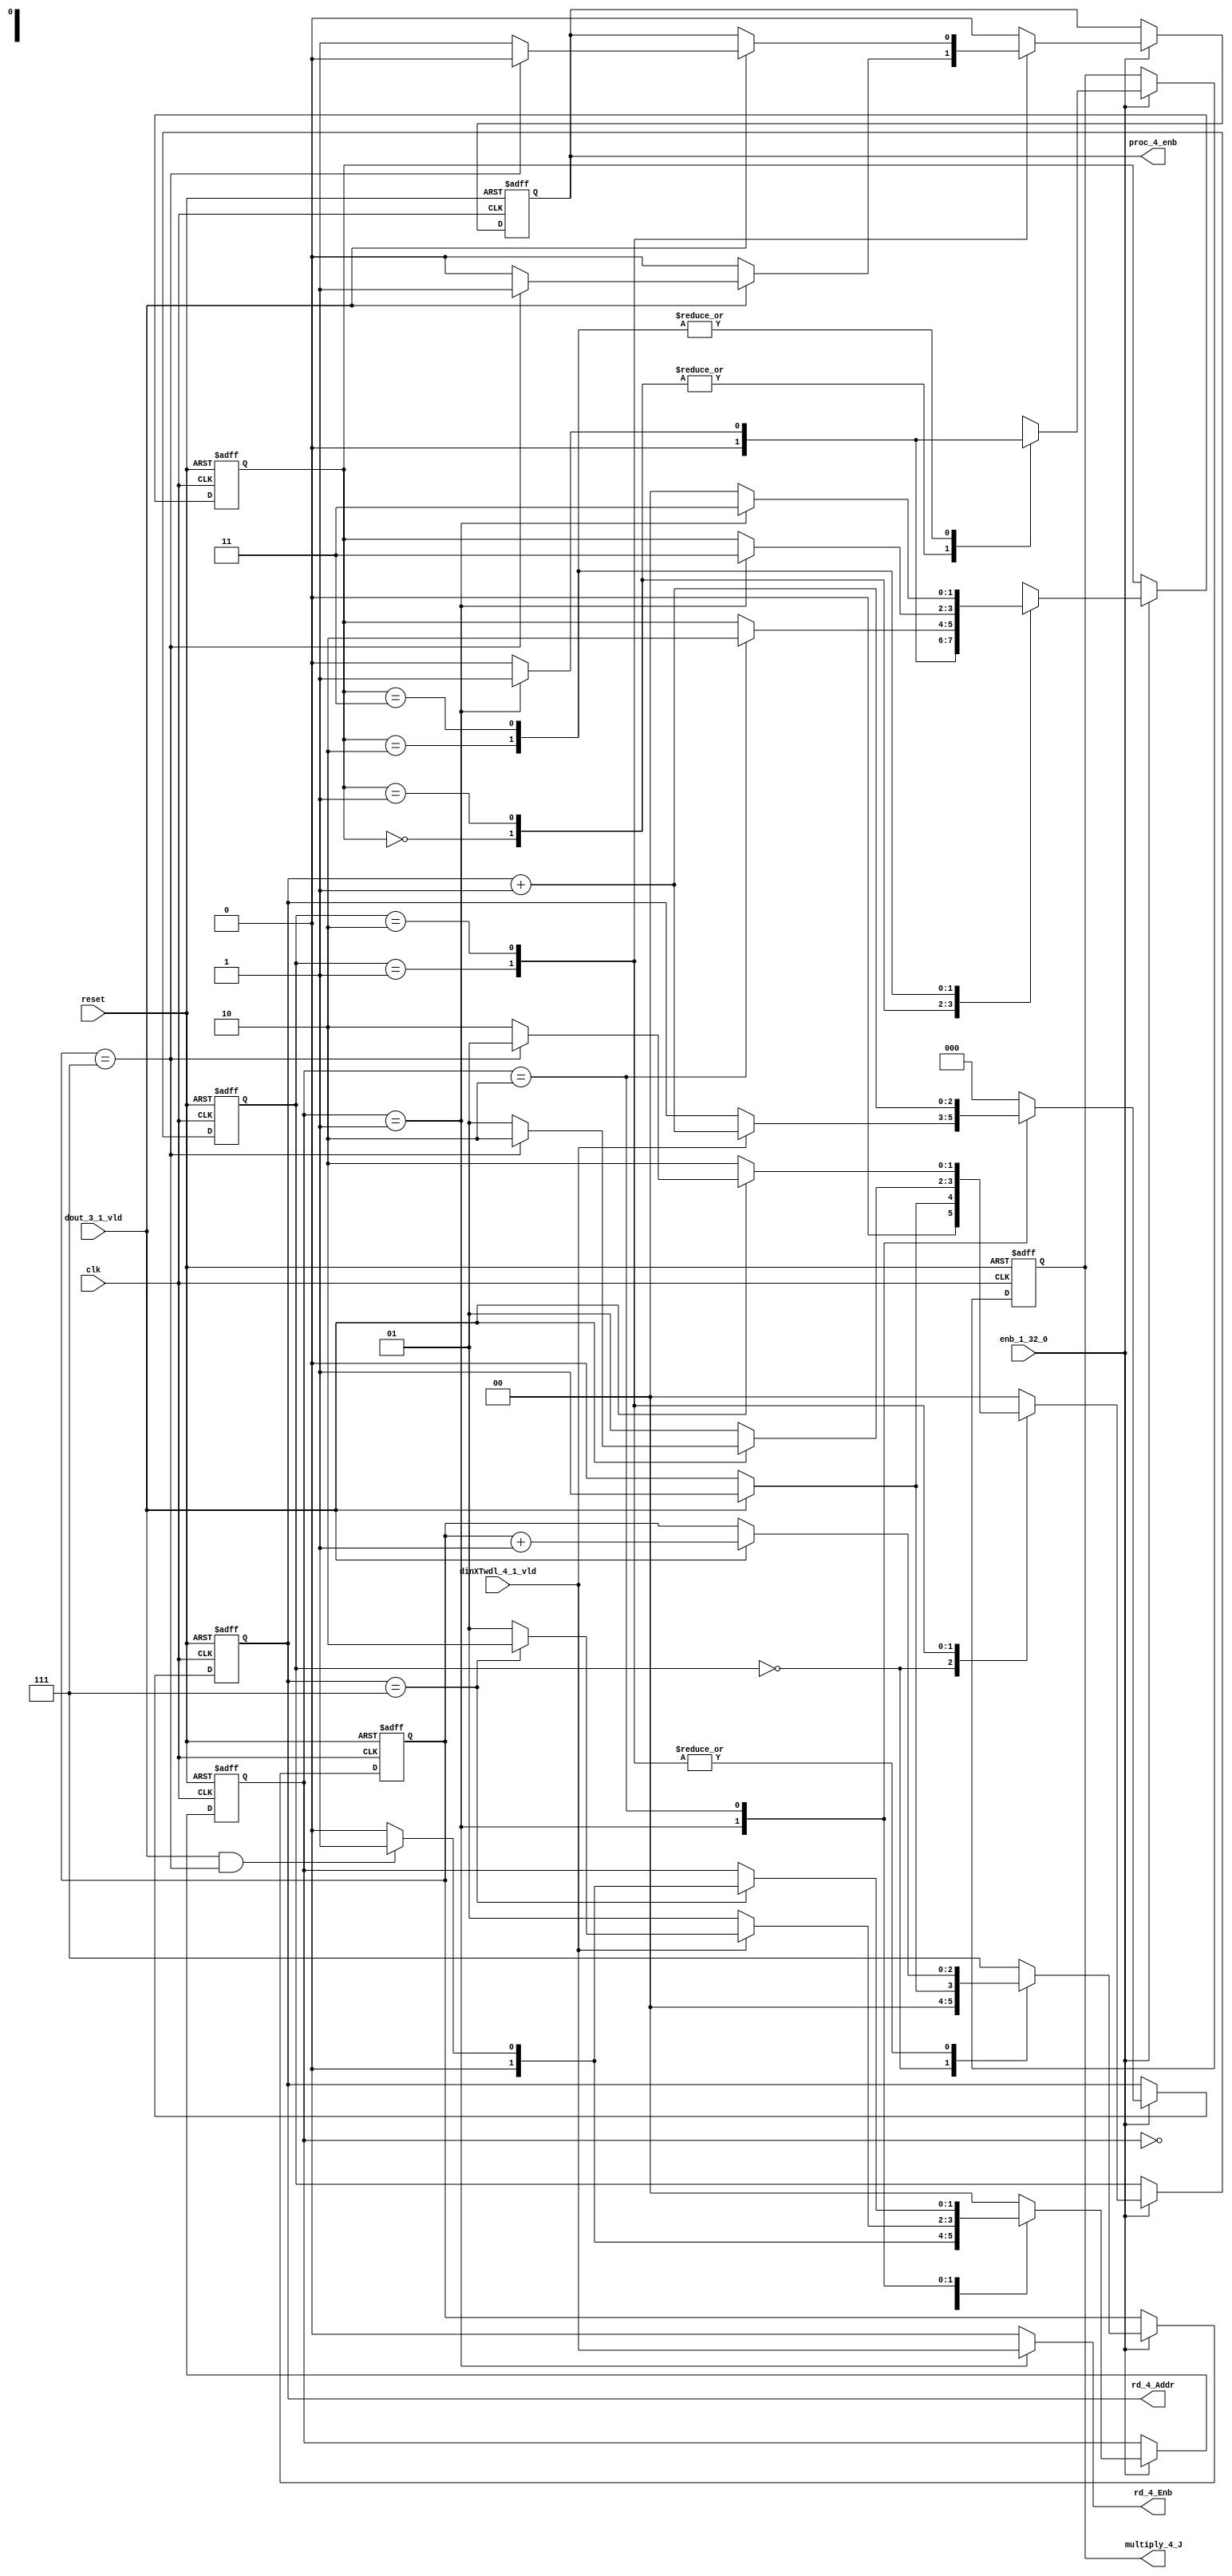
// -------------------------------------------------------------
// 
// 
// Generated by MATLAB 9.13 and HDL Coder 4.0
// 
// -------------------------------------------------------------


// -------------------------------------------------------------
// 
// Module: whdlOFDMTx_RADIX22FFT_CTRL1_4
// Source Path: dsphdl.IFFT/RADIX22FFT_CTRL1_4
// Hierarchy Level: 6
// 
// -------------------------------------------------------------

`timescale 1 ns / 1 ns

module whdlOFDMTx_RADIX22FFT_CTRL1_4
          (clk,
           reset,
           enb_1_32_0,
           dout_3_1_vld,
           dinXTwdl_4_1_vld,
           rd_4_Addr,
           rd_4_Enb,
           proc_4_enb,
           multiply_4_J);


  input   clk;
  input   reset;
  input   enb_1_32_0;
  input   dout_3_1_vld;
  input   dinXTwdl_4_1_vld;
  output  [2:0] rd_4_Addr;  // ufix3
  output  rd_4_Enb;
  output  proc_4_enb;
  output  multiply_4_J;


  reg [2:0] SDFController_wrCount;  // ufix3
  reg [1:0] SDFController_wrState;  // ufix2
  reg [1:0] SDFController_rdState;  // ufix2
  reg [2:0] SDFController_rdAddr_reg;  // ufix3
  reg  SDFController_procEnb_reg;
  reg [1:0] SDFController_multjState;  // ufix2
  reg  SDFController_multiply_J_reg;
  reg [2:0] SDFController_wrCount_next;  // ufix3
  reg [1:0] SDFController_wrState_next;  // ufix2
  reg [1:0] SDFController_rdState_next;  // ufix2
  reg [2:0] SDFController_rdAddr_reg_next;  // ufix3
  reg  SDFController_procEnb_reg_next;
  reg [1:0] SDFController_multjState_next;  // ufix2
  reg  SDFController_multiply_J_reg_next;
  reg [2:0] rd_4_Addr_1;  // ufix3
  reg  rd_4_Enb_1;
  reg  proc_4_enb_1;
  reg  multiply_4_J_1;


  // SDFController
  always @(posedge clk or posedge reset)
    begin : SDFController_process
      if (reset == 1'b1) begin
        SDFController_wrCount <= 3'b000;
        SDFController_rdAddr_reg <= 3'b000;
        SDFController_wrState <= 2'b00;
        SDFController_rdState <= 2'b00;
        SDFController_multjState <= 2'b00;
        SDFController_procEnb_reg <= 1'b0;
        SDFController_multiply_J_reg <= 1'b0;
      end
      else begin
        if (enb_1_32_0) begin
          SDFController_wrCount <= SDFController_wrCount_next;
          SDFController_wrState <= SDFController_wrState_next;
          SDFController_rdState <= SDFController_rdState_next;
          SDFController_rdAddr_reg <= SDFController_rdAddr_reg_next;
          SDFController_procEnb_reg <= SDFController_procEnb_reg_next;
          SDFController_multjState <= SDFController_multjState_next;
          SDFController_multiply_J_reg <= SDFController_multiply_J_reg_next;
        end
      end
    end

  always @(SDFController_multiply_J_reg, SDFController_multjState,
       SDFController_procEnb_reg, SDFController_rdAddr_reg,
       SDFController_rdState, SDFController_wrCount, SDFController_wrState,
       dinXTwdl_4_1_vld, dout_3_1_vld) begin
    SDFController_wrCount_next = SDFController_wrCount;
    SDFController_wrState_next = SDFController_wrState;
    SDFController_rdState_next = SDFController_rdState;
    SDFController_rdAddr_reg_next = SDFController_rdAddr_reg;
    SDFController_procEnb_reg_next = SDFController_procEnb_reg;
    SDFController_multjState_next = SDFController_multjState;
    SDFController_multiply_J_reg_next = SDFController_multiply_J_reg;
    case ( SDFController_multjState)
      2'b00 :
        begin
          SDFController_multjState_next = 2'b00;
          SDFController_multiply_J_reg_next = 1'b0;
          if (SDFController_rdState == 2'b01) begin
            SDFController_multjState_next = 2'b01;
          end
        end
      2'b01 :
        begin
          SDFController_multiply_J_reg_next = 1'b0;
          if (SDFController_rdState == 2'b10) begin
            SDFController_multjState_next = 2'b10;
          end
        end
      2'b10 :
        begin
          SDFController_multiply_J_reg_next = 1'b0;
          if (SDFController_rdState == 2'b01) begin
            SDFController_multjState_next = 2'b11;
            SDFController_multiply_J_reg_next = 1'b1;
          end
        end
      2'b11 :
        begin
          if (SDFController_rdState == 2'b01) begin
            SDFController_multjState_next = 2'b11;
            SDFController_multiply_J_reg_next = 1'b1;
          end
          else begin
            SDFController_multiply_J_reg_next = 1'b0;
            SDFController_multjState_next = 2'b00;
          end
        end
      default :
        begin
          SDFController_multjState_next = 2'b00;
          SDFController_multiply_J_reg_next = 1'b0;
        end
    endcase
    case ( SDFController_rdState)
      2'b00 :
        begin
          SDFController_rdState_next = 2'b00;
          SDFController_rdAddr_reg_next = 3'b000;
          rd_4_Enb_1 = 1'b0;
          if (dout_3_1_vld && (SDFController_wrCount == 3'b111)) begin
            SDFController_rdState_next = 2'b01;
          end
        end
      2'b01 :
        begin
          SDFController_rdState_next = 2'b01;
          rd_4_Enb_1 = dinXTwdl_4_1_vld;
          if (dinXTwdl_4_1_vld) begin
            if (SDFController_rdAddr_reg == 3'b111) begin
              SDFController_rdState_next = 2'b10;
            end
            SDFController_rdAddr_reg_next = SDFController_rdAddr_reg + 3'b001;
          end
        end
      2'b10 :
        begin
          rd_4_Enb_1 = 1'b0;
          if (SDFController_rdAddr_reg == 3'b111) begin
            if (dout_3_1_vld && (SDFController_wrCount == 3'b111)) begin
              SDFController_rdState_next = 2'b01;
            end
            else begin
              SDFController_rdState_next = 2'b00;
            end
          end
          SDFController_rdAddr_reg_next = SDFController_rdAddr_reg + 3'b001;
        end
      default :
        begin
          SDFController_rdState_next = 2'b00;
          SDFController_rdAddr_reg_next = 3'b000;
          rd_4_Enb_1 = 1'b0;
        end
    endcase
    case ( SDFController_wrState)
      2'b00 :
        begin
          SDFController_wrState_next = 2'b00;
          SDFController_wrCount_next = 3'b000;
          SDFController_procEnb_reg_next = 1'b0;
          if (dout_3_1_vld) begin
            SDFController_wrState_next = 2'b01;
            SDFController_wrCount_next = 3'b001;
          end
        end
      2'b01 :
        begin
          SDFController_wrState_next = 2'b01;
          SDFController_procEnb_reg_next = 1'b0;
          if (dout_3_1_vld) begin
            if (SDFController_wrCount == 3'b111) begin
              SDFController_wrState_next = 2'b10;
              SDFController_procEnb_reg_next = 1'b1;
            end
            else begin
              SDFController_wrState_next = 2'b01;
            end
            SDFController_wrCount_next = SDFController_wrCount + 3'b001;
          end
        end
      2'b10 :
        begin
          SDFController_wrState_next = 2'b10;
          if (dout_3_1_vld) begin
            if (SDFController_wrCount == 3'b111) begin
              SDFController_wrState_next = 2'b01;
              SDFController_procEnb_reg_next = 1'b0;
            end
            else begin
              SDFController_wrState_next = 2'b10;
              SDFController_procEnb_reg_next = 1'b1;
            end
            SDFController_wrCount_next = SDFController_wrCount + 3'b001;
          end
        end
      default :
        begin
          SDFController_wrState_next = 2'b00;
          SDFController_wrCount_next = 3'b111;
          SDFController_procEnb_reg_next = 1'b0;
        end
    endcase
    rd_4_Addr_1 = SDFController_rdAddr_reg;
    proc_4_enb_1 = SDFController_procEnb_reg;
    multiply_4_J_1 = SDFController_multiply_J_reg;
  end



  assign rd_4_Addr = rd_4_Addr_1;

  assign rd_4_Enb = rd_4_Enb_1;

  assign proc_4_enb = proc_4_enb_1;

  assign multiply_4_J = multiply_4_J_1;

endmodule  // whdlOFDMTx_RADIX22FFT_CTRL1_4